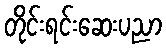
တိုင်းရင်းဆေးပညာ